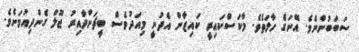
ސަބަބުންނެވެ. އޭނަގެ ހާލަތެވެ. މާކަސްކައިރީ ކައިޒާން އެދުނީ މިއަދުވެސް ބީޗަށްދާއިރު ޖޫލް ގެންދިއުމަށެވެ.